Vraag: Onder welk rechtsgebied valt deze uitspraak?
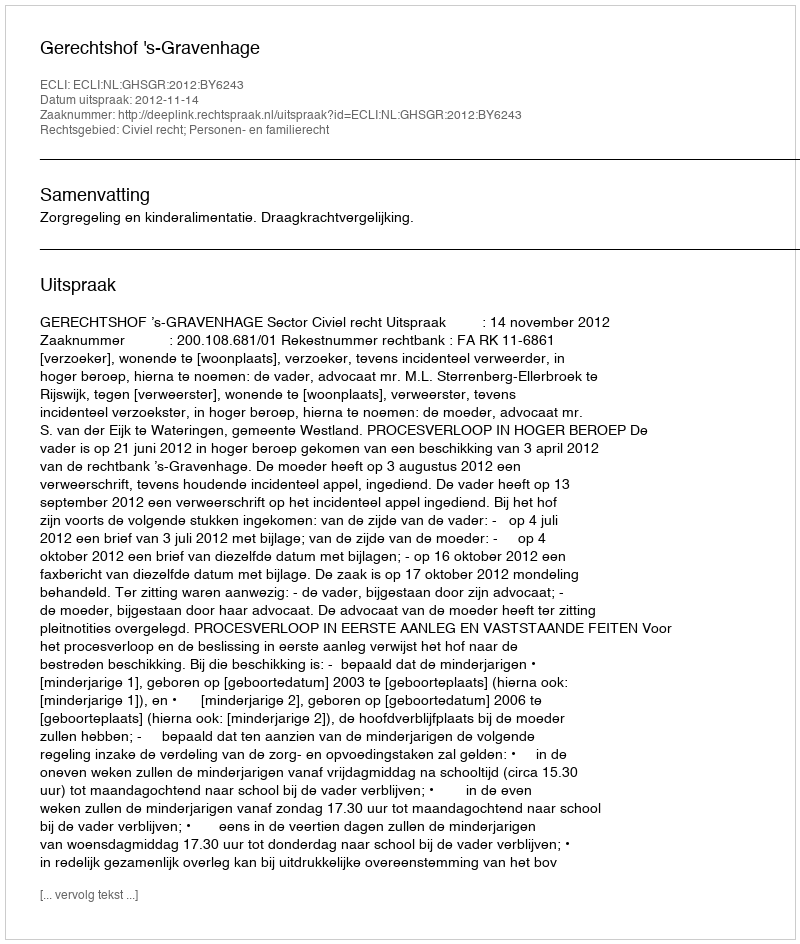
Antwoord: Civiel recht; Personen- en familierecht